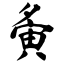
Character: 夤